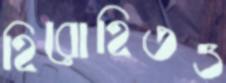
হিরোহিতও